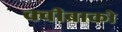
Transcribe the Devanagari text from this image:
क्वीब्राको